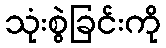
သုံးစွဲခြင်းကို